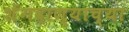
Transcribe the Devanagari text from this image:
शेंगदाण्याच्या